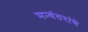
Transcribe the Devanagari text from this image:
मन्वंतरांचे